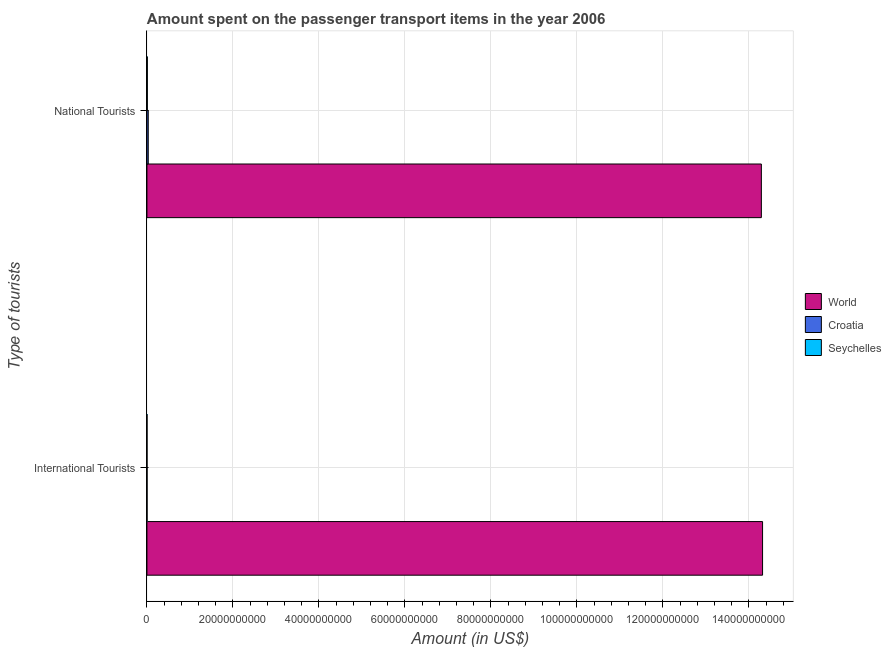
| Type of tourists | World | Croatia | Seychelles |
 | --- | --- | --- | --- |
 | International Tourists | 1.43e+11 | 3.3e+07 | 2e+07 |
 | National Tourists | 1.43e+11 | 3.06e+08 | 9.5e+07 |